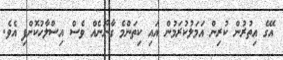
އޭގެ އިތުރުން ކުރިން އަމަލުކުރަމުން އައި ކިތަންމެ ގާނޫނެއް ވެސް އިސްލާހުކޮށްފި އެވެ.